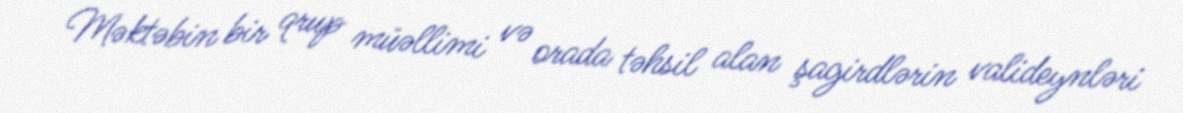
Məktəbin bir qrup müəllimi və orada təhsil alan şagirdlərin valideynləri